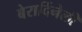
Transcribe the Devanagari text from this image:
बेरार्दिनेली